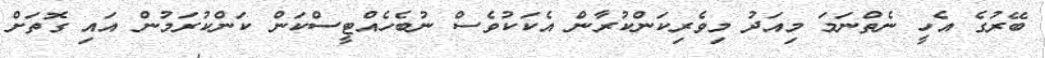
ބޭރުގެ އެހީ ނެތްނަމަ މިއަދު މިވެރިކަންކުރާން އެކަކުވެސް ނުބެހެއްޓީސްކަން ކަންކުރަމުން އައި ގޮތަށް